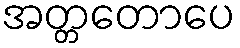
အတ္တတောပေ